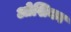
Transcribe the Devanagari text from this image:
ओशिका